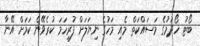
ބޯޓު ހޯދުމުގެ މަސައްކަތް މެއި މަހުގެ ނިޔަލަށް ފުރިހަމަ ކުރެވޭނެ ކަމަށް އޭނާ